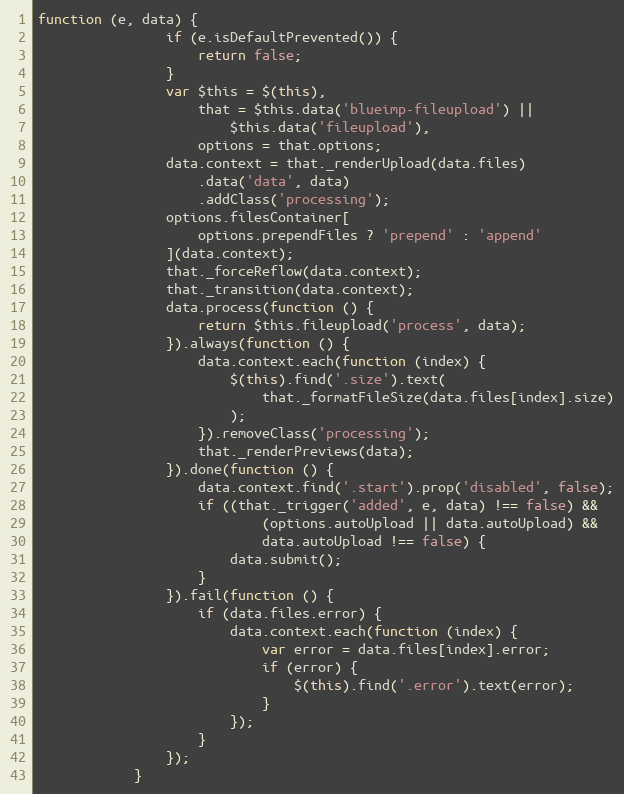
Language: JavaScript
function (e, data) {
                if (e.isDefaultPrevented()) {
                    return false;
                }
                var $this = $(this),
                    that = $this.data('blueimp-fileupload') ||
                        $this.data('fileupload'),
                    options = that.options;
                data.context = that._renderUpload(data.files)
                    .data('data', data)
                    .addClass('processing');
                options.filesContainer[
                    options.prependFiles ? 'prepend' : 'append'
                ](data.context);
                that._forceReflow(data.context);
                that._transition(data.context);
                data.process(function () {
                    return $this.fileupload('process', data);
                }).always(function () {
                    data.context.each(function (index) {
                        $(this).find('.size').text(
                            that._formatFileSize(data.files[index].size)
                        );
                    }).removeClass('processing');
                    that._renderPreviews(data);
                }).done(function () {
                    data.context.find('.start').prop('disabled', false);
                    if ((that._trigger('added', e, data) !== false) &&
                            (options.autoUpload || data.autoUpload) &&
                            data.autoUpload !== false) {
                        data.submit();
                    }
                }).fail(function () {
                    if (data.files.error) {
                        data.context.each(function (index) {
                            var error = data.files[index].error;
                            if (error) {
                                $(this).find('.error').text(error);
                            }
                        });
                    }
                });
            }